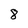
Character: 8